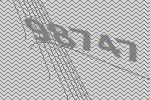
98747